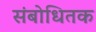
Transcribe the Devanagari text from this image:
संबोधितक